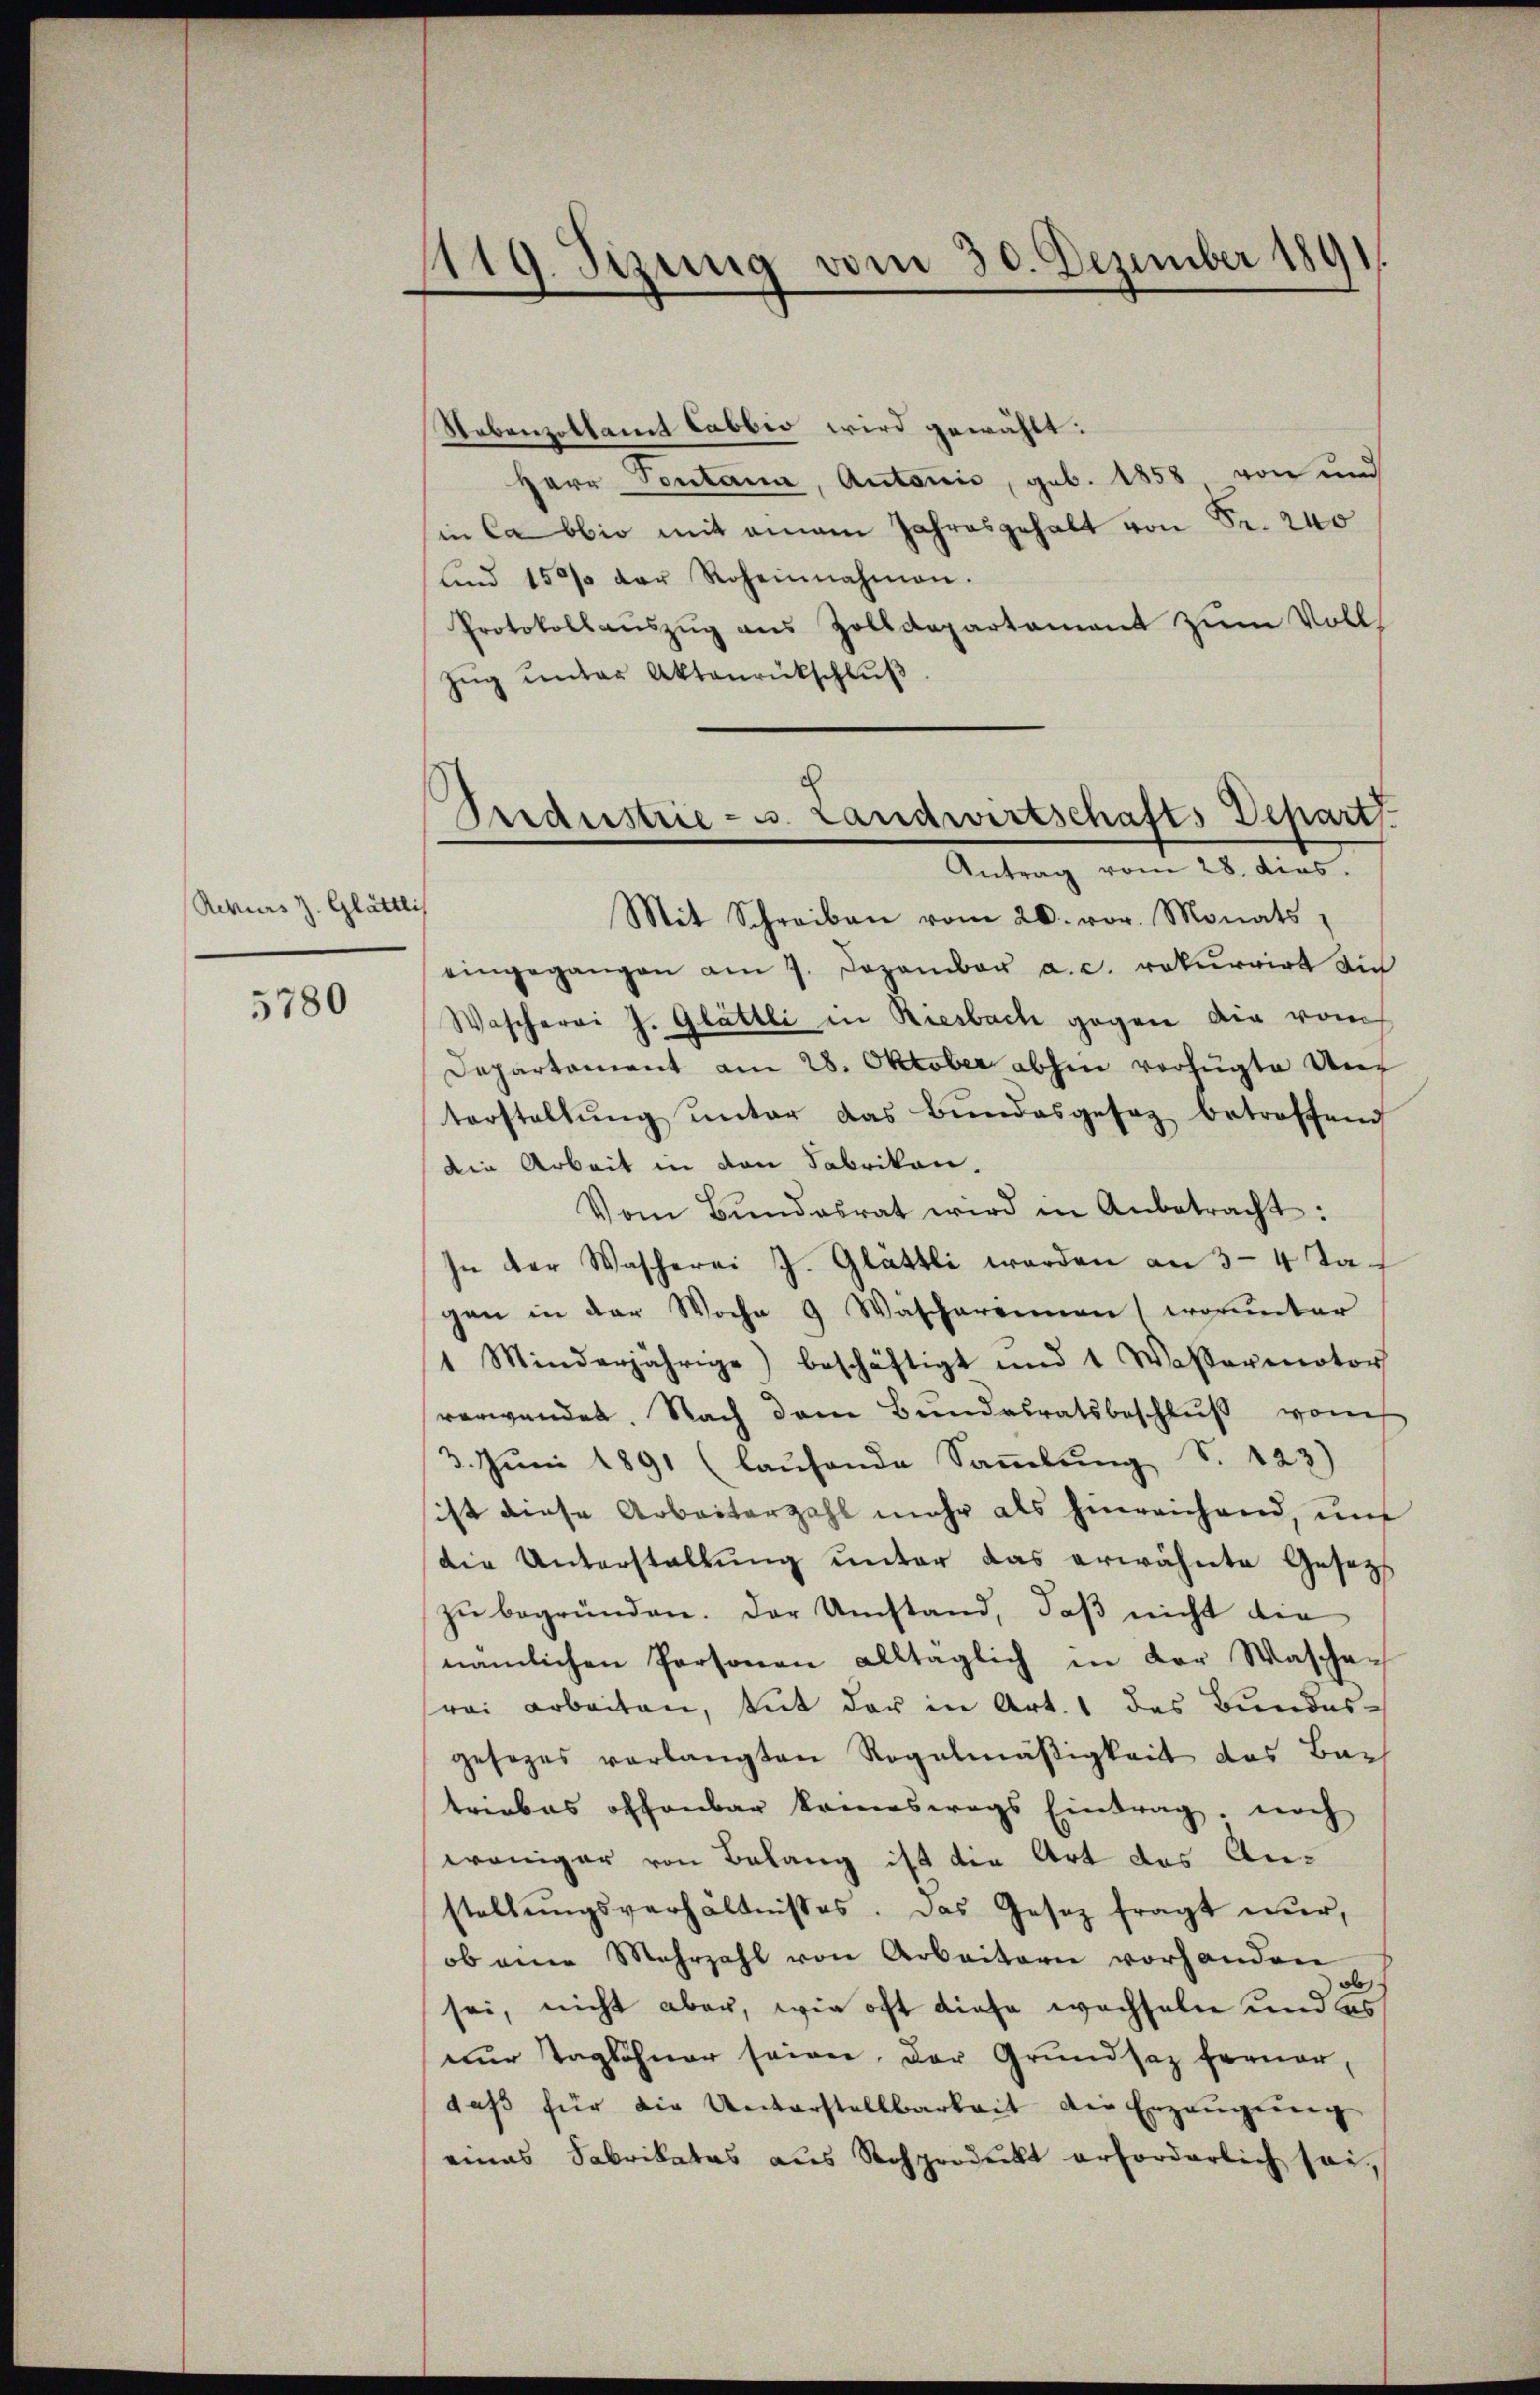
Rekurs z. Glättlis

5780

1119. Sizung vom 30. Dezember 1891.

Nebenzollamt labbio wird gewählt:
Herr Pontana, Autoris, geb. 1858, von und
in Ca bbio mit einem Jahresgehalt von Fr. 240
und 150% der Roheinnahmen.
Protokollaŭszŭg aŭs Zolldepartament zŭm Voll
Zŭg ŭnter Aktenrückschluß
eingegangen am 7. Dezember a. c. rekurrirt ain
Wascherei J. Glättli in Riesbach gegen die vom
Departement am 28. Oktober abhin verfügte Unterstellŭng ŭnter das Bŭndesgesez betroffend
Die Arbeit in von Fabrikon.
Vom Bŭndesrat wird in Anbetracht:
In der Wascherei J. Glättli werden an 3-4 Tagen in der Woche 9 Waschereinen worunter
1 Minderjährige) beschäftigt und 1 Wasserenotor
verwendet. Nach dem Bundesratsbeschlŭβ vom
3. Jŭni 1891 (laŭfende Saṁlŭng S. 123)
sist diese Arbeiterzahl mehr als hinreichend, und
die Unterstallŭng ŭnter das erwähnte Gesetzt
zŭ begründen. Der Umstand, daß nicht die
nämlichen Personen alltäglich in der Waschefrei arbeiten, tut der in Art. 1 des Bundes-
gesezes verlangten Regelmäßigkeit des Bar
triebes offenbar komeswegs Eintrag, noch
weniger von Belang ist die Art des Anstellŭngsverhältnisses. Das Gesetz fragt nur,
ob eine Mehrzahl von Arbeitern vorhanden
sei, nicht aber, wie oft diese wachseln und es
nur Taglöhner seien, der Grundsaz ferner,
daβ für die Unterstellbarkeit die Erzeŭgŭng
eines Fabrikatas aus Rohprodukt erforderlich sei¬

Perdestrie - u. Landwirtschafts Depart.
Antrag vom 28. dies.
Mit Schreiben vom 20. vor. Monats